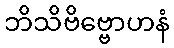
ဘိသိဗိဗ္ဗောဟနံ